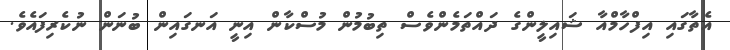
އެތާގައި އިފްހާމްއާ ޝައިލީންގެ ދައްތަމެންވެސް ތިބުމުން މުސްކާން އިނީ އަނގައިން ބުނަން ނުކެރިފައެވެ.